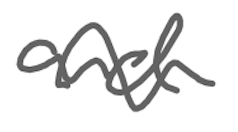
Text: and
Cross-out: wave
Writing tool: digital_gray